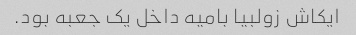
ایکاش زولبیا بامیه داخل یک جعبه بود.